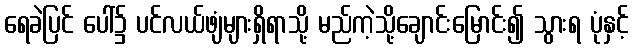
ရေခဲပြင် ပေါ်၌ ပင်လယ်ဖျံများရှိရာသို့ မည်ကဲ့သို့ချောင်းမြောင်း၍ သွားရ ပုံနှင့်